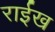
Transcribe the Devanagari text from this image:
राईख